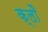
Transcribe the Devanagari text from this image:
क्लौ